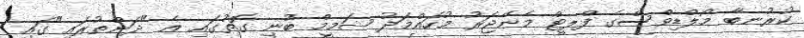
ކުރުނބާ މޯލްޑިވްސްގެ ފްލީޓް މެނޭޖަރު މުހައްމަދު ޝަމީމް ބުނި ގޮތުގައި އެ "ދަންތުރައި"ގައި